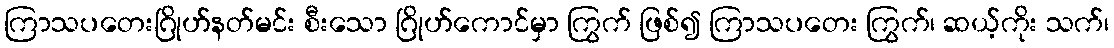
ကြာသပတေးဂြိုဟ်နတ်မင်း စီးသော ဂြိုဟ်ကောင်မှာ ကြွက် ဖြစ်၍ ကြာသပတေး ကြွက်၊ ဆယ့်ကိုး သက်၊